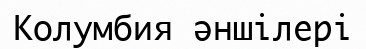
Колумбия әншілері